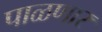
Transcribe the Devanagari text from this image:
पाळणार